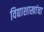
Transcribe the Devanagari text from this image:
विद्याशाखांचा